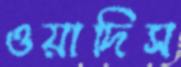
ওয়াদিস